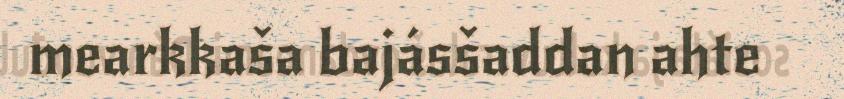
mearkkaša bajásšaddan ahte